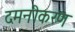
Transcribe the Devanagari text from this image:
दमनीकरण